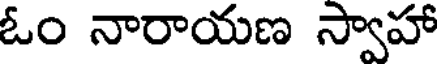
ఓం నారాయణ స్వాహా